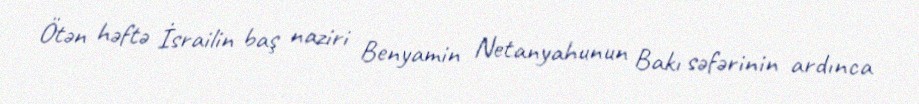
Ötən həftə İsrailin baş naziri Benyamin Netanyahunun Bakı səfərinin ardınca